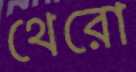
থেরো